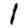
Digit: 1